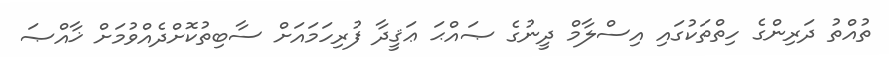
ތުއްތު ދަރިންގެ ހިތްތަކުގައި އިސްލާމް ދީނުގެ ޞައްޙަ ޢަޤީދާ ފުރިހަމައަށް ސާބިތުކޮށްދެއްވުމަށް ޚާއްޞަ